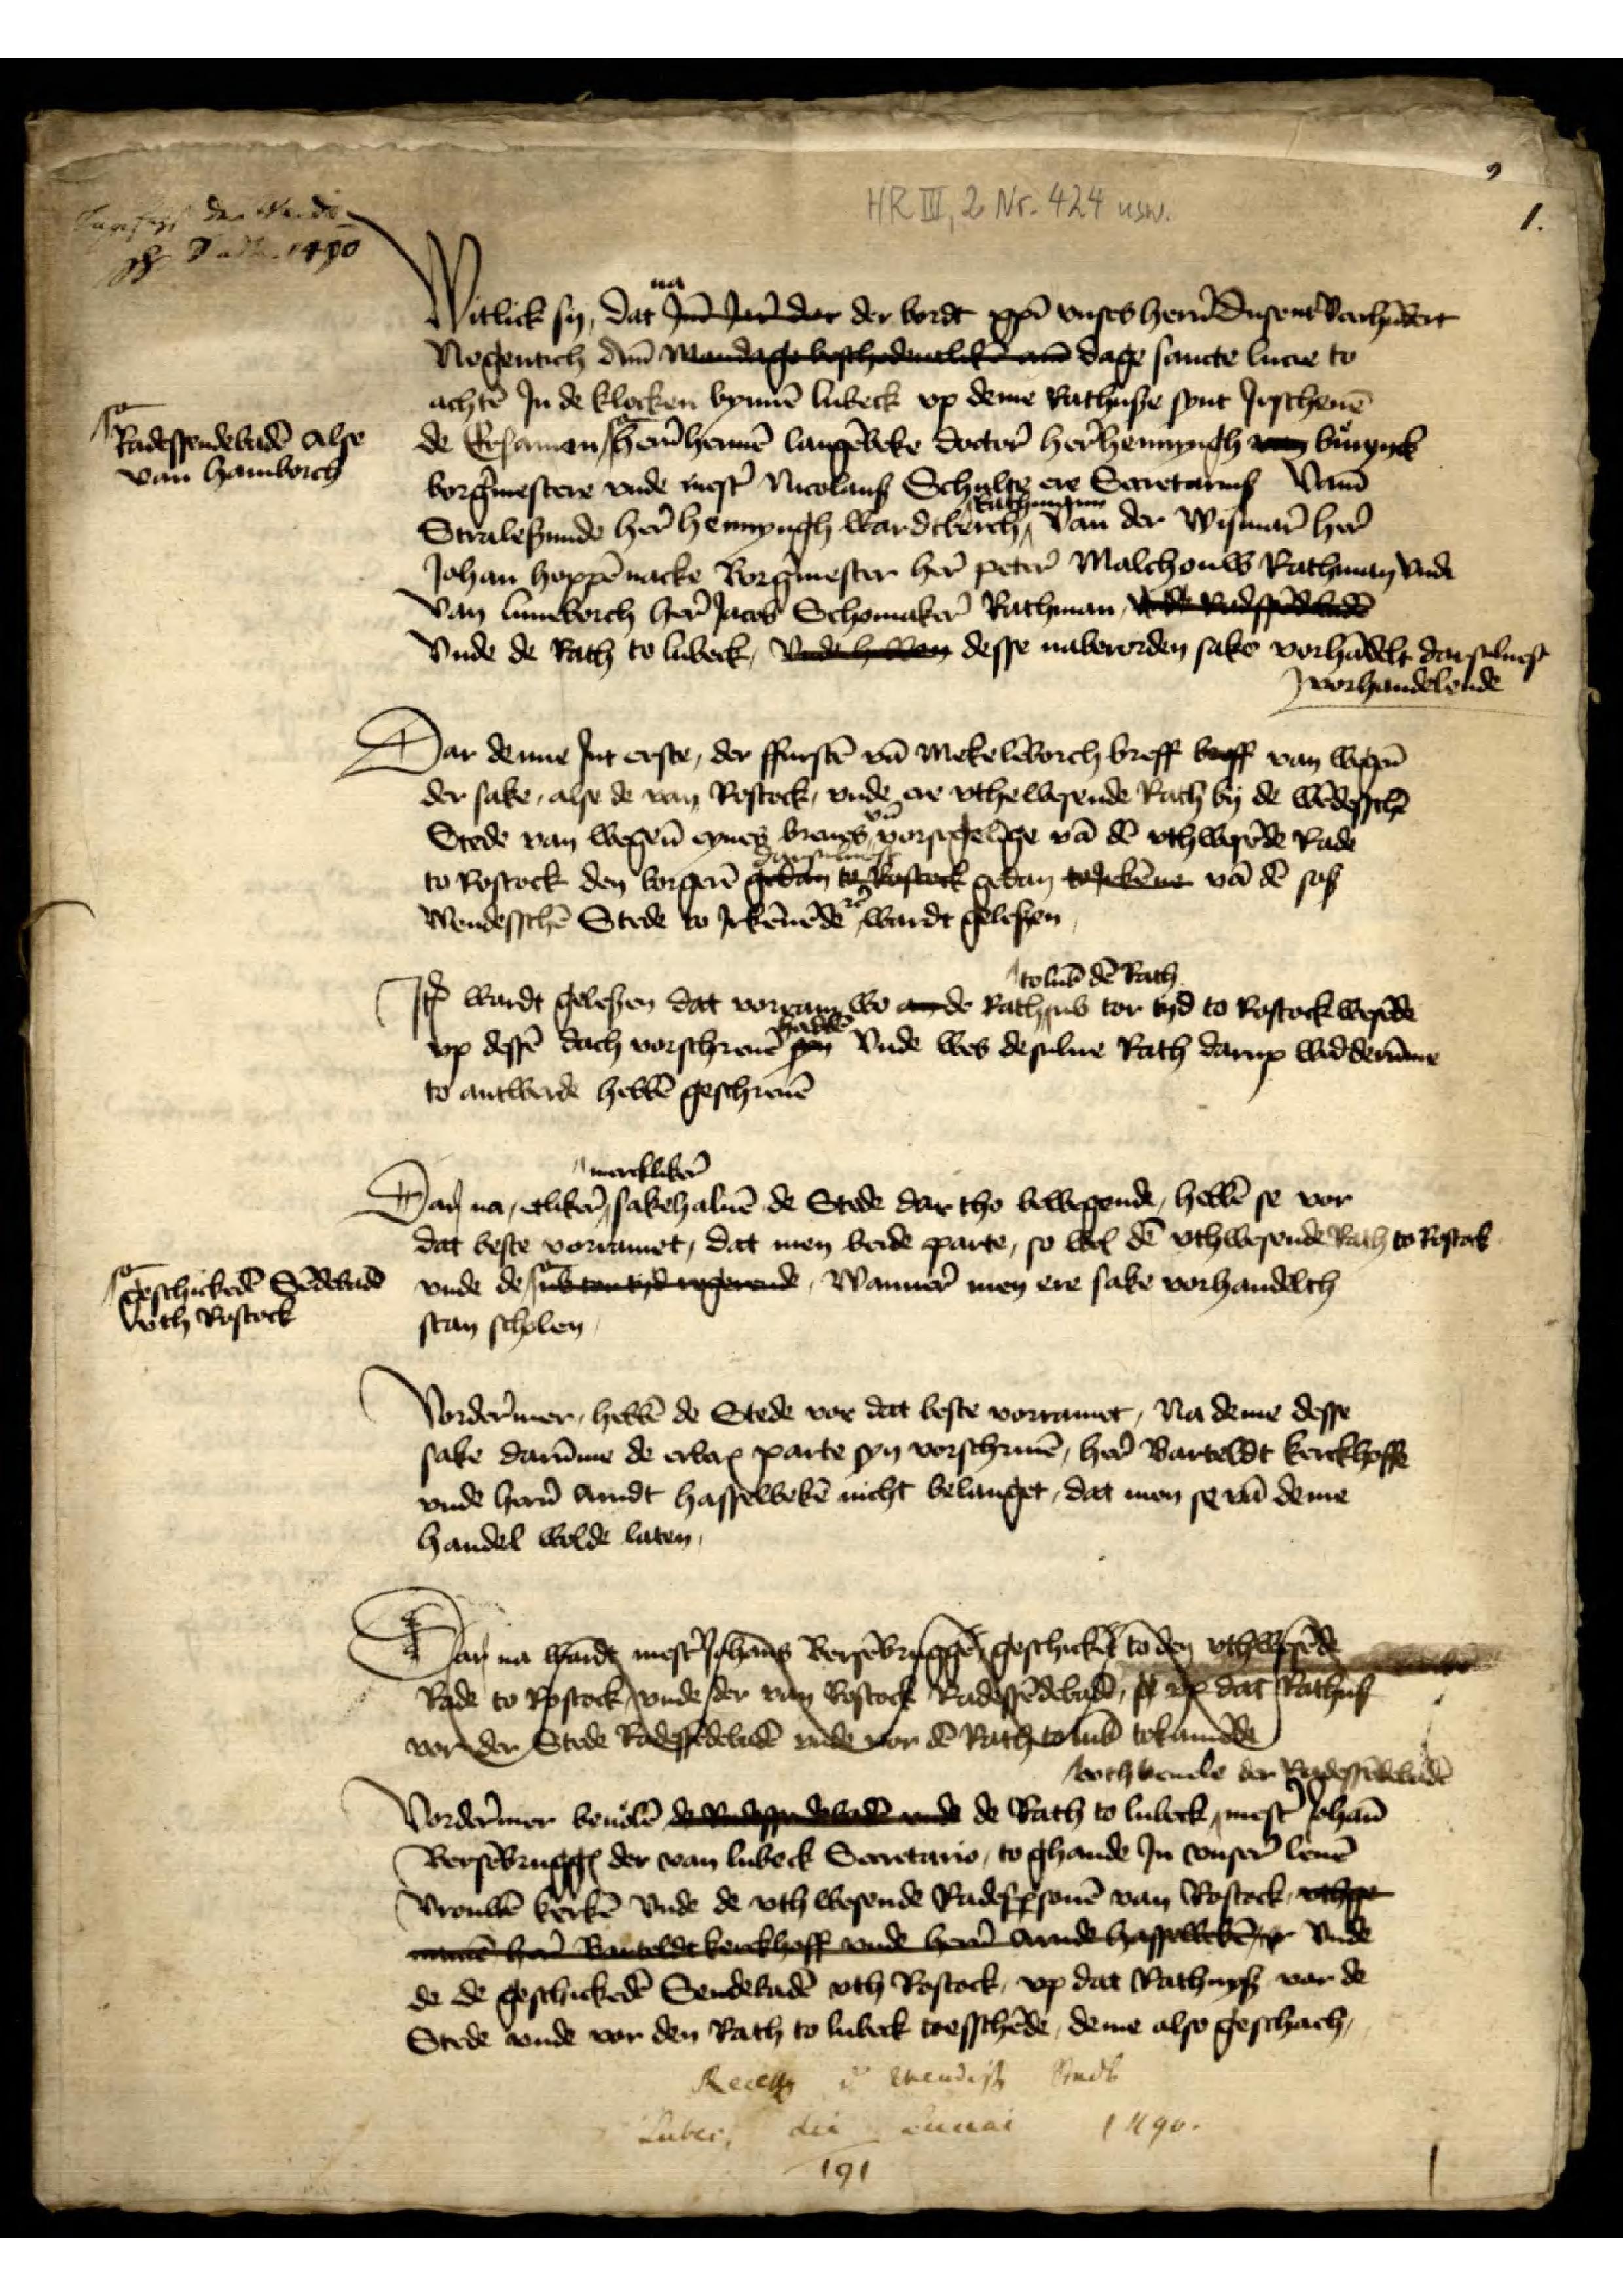
1

1
Witlick sy, dat na Jn Jar der der bordt xpī unses her̉n dusent varhūdert
Negentich Am̄ Mandage beschedelik dage sancte lucie to
achtē Jn de klocken bynnē Lubeck vpp deme Rathuse synt Jrschenē
de Ersamen |o- her̉n Hermē Langēbeke doctor̉ her̉ Hennyngh van Buiynck
borg̉mestere vnde mest̉ Nicolaus Schulte ere Secretarius Vam̄
Stralesunde her̉ Hennyngh Wardeberch Rathmann van der Wysmar̉ her̉
Johan Hoppēnacke Borg̉mester her̉ Peter̉ Malchouw Rathman vnde
van Luneborch her̉ Jacob Schomaker̉ Rathman dede Radessendeboden
Vnde de Rath to Lubeck, vnde hebben desse naberorden sake vorhādelt darsulues
vorhandelende

|o-Radessendebadē alse
van Hamborch

Dar denne Jnt erste, der ffurstē vā Mekelēborch breff beff van wegen
der sake, alse de van Rostock, vnde ere vthewesende Rath by de wēdesschē
Stede van wegen̄ eynes breues vn̄ vorsegelīge vā dē vthwesēde Rade
to Rostock den borgerē darsuluest gedan toJrkene vā dē soß¬
Wendesschē Stede to irkennēde wardt gelesen

Jꝷ wardt gelesen dat vorram wo an de Rathus to Lub̄ dē Rath ub tor tyd to Rostock wesēde
vp dessē dach vorschreuē habbē vnde wes desulue Rath darup wedderūme
to antwerde hebbē geschreuē

Dar na etlike merckliker sake haluē de Stede dar tho bewegende, hebbē se vor¬
dat beste vorramet, dat men beide parte, so wol dē vthwesende Rath to Rostok
vnde de |o- begerende, Wanner men ere sake vorhandelth
stan scholen

|o-geschickedē Sēdebadē
vth Rostock

Vordermer, hebbē de Stede vor dat beste vorramet, Na deme desse
sake darūme de erbenꝬ parte syn vorschriuē, her̉ Barteldt Kerckhoff
vnde her̉n Andt Hasselbekē nicht belanget, dat men se vā deme
handel wolde laten

Dat m vnde geuede
he
Rade to Rostock vnde der van den dar to
van der Stede de vnde ha lude

he
Rade to Rostock vnde der van dē dar to 
van der Stede de vnde hā lude 
Vordermer beuolē de Radesendebade de de Rath to Lubeck vth beuele der Radessēdebadē mest Johan
BersēbruggꝬ der van Lubeck Secretario, to ghande Jn vnser̉ leuē
vrouwē kerkē vnde de vth wesende Radesꝑsonē van Rostock vthge¬
na hir anelde kenckhoff vnde heren vnde Hasselke vnde
de de geschickedē Sendebadē vth Rostock, vpp dat Rathuß vor de
Stede vnde vor den Rath to Lubeck tresschēde, deme also geschach

Reces d wendisch Stadt
Lubec dei Lunai
1490